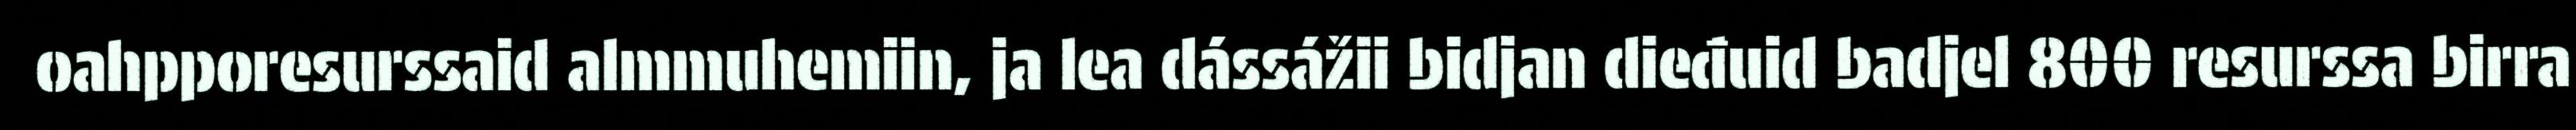
oahpporesurssaid almmuhemiin, ja lea dássážii bidjan dieđuid badjel 800 resurssa birra